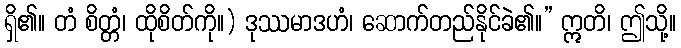
ရှိ၏။ တံ စိတ္တံ၊ ထိုစိတ်ကို။) ဒုဿမာဒဟံ၊ ဆောက်တည်နိုင်ခဲ၏။” ဣတိ၊ ဤသို့။